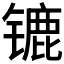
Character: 𰾲